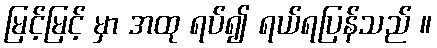
မြင့်မြင့် မှာ အထု ရပ်၍ ရယ်ရပြန်သည် ။